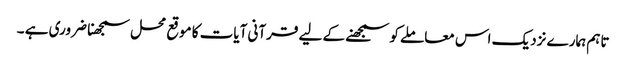
تاہم ہمارے نزدیک اس معاملے کو سمجھنے کے لیے قرآنی آیات کا موقع محل سمجھنا ضروری ہے ۔